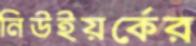
নিউইয়র্কের